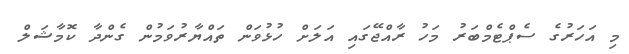
މި އަހަރުގެ ސެޕްޓެމްބަރު މަހު ރާއްޖޭގައި އަލަށް ހުޅުވަން ތައްޔާރުވަމުން ގެންދާ ކޮމާޝަލް